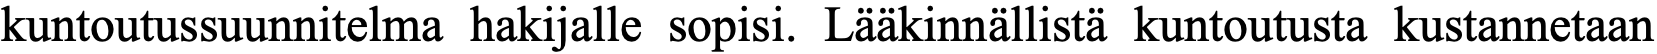
kuntoutussuunnitelma hakijalle sopisi. Lääkinnällistä kuntoutusta kustannetaan